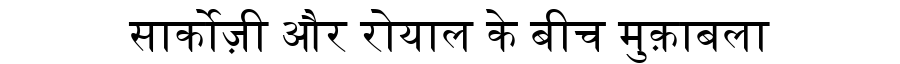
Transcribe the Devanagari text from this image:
सार्कोज़ी और रोयाल के बीच मुक़ाबला